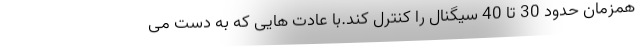
همزمان حدود 30 تا 40 سیگنال را کنترل کند.با عادت هایی که به دست می